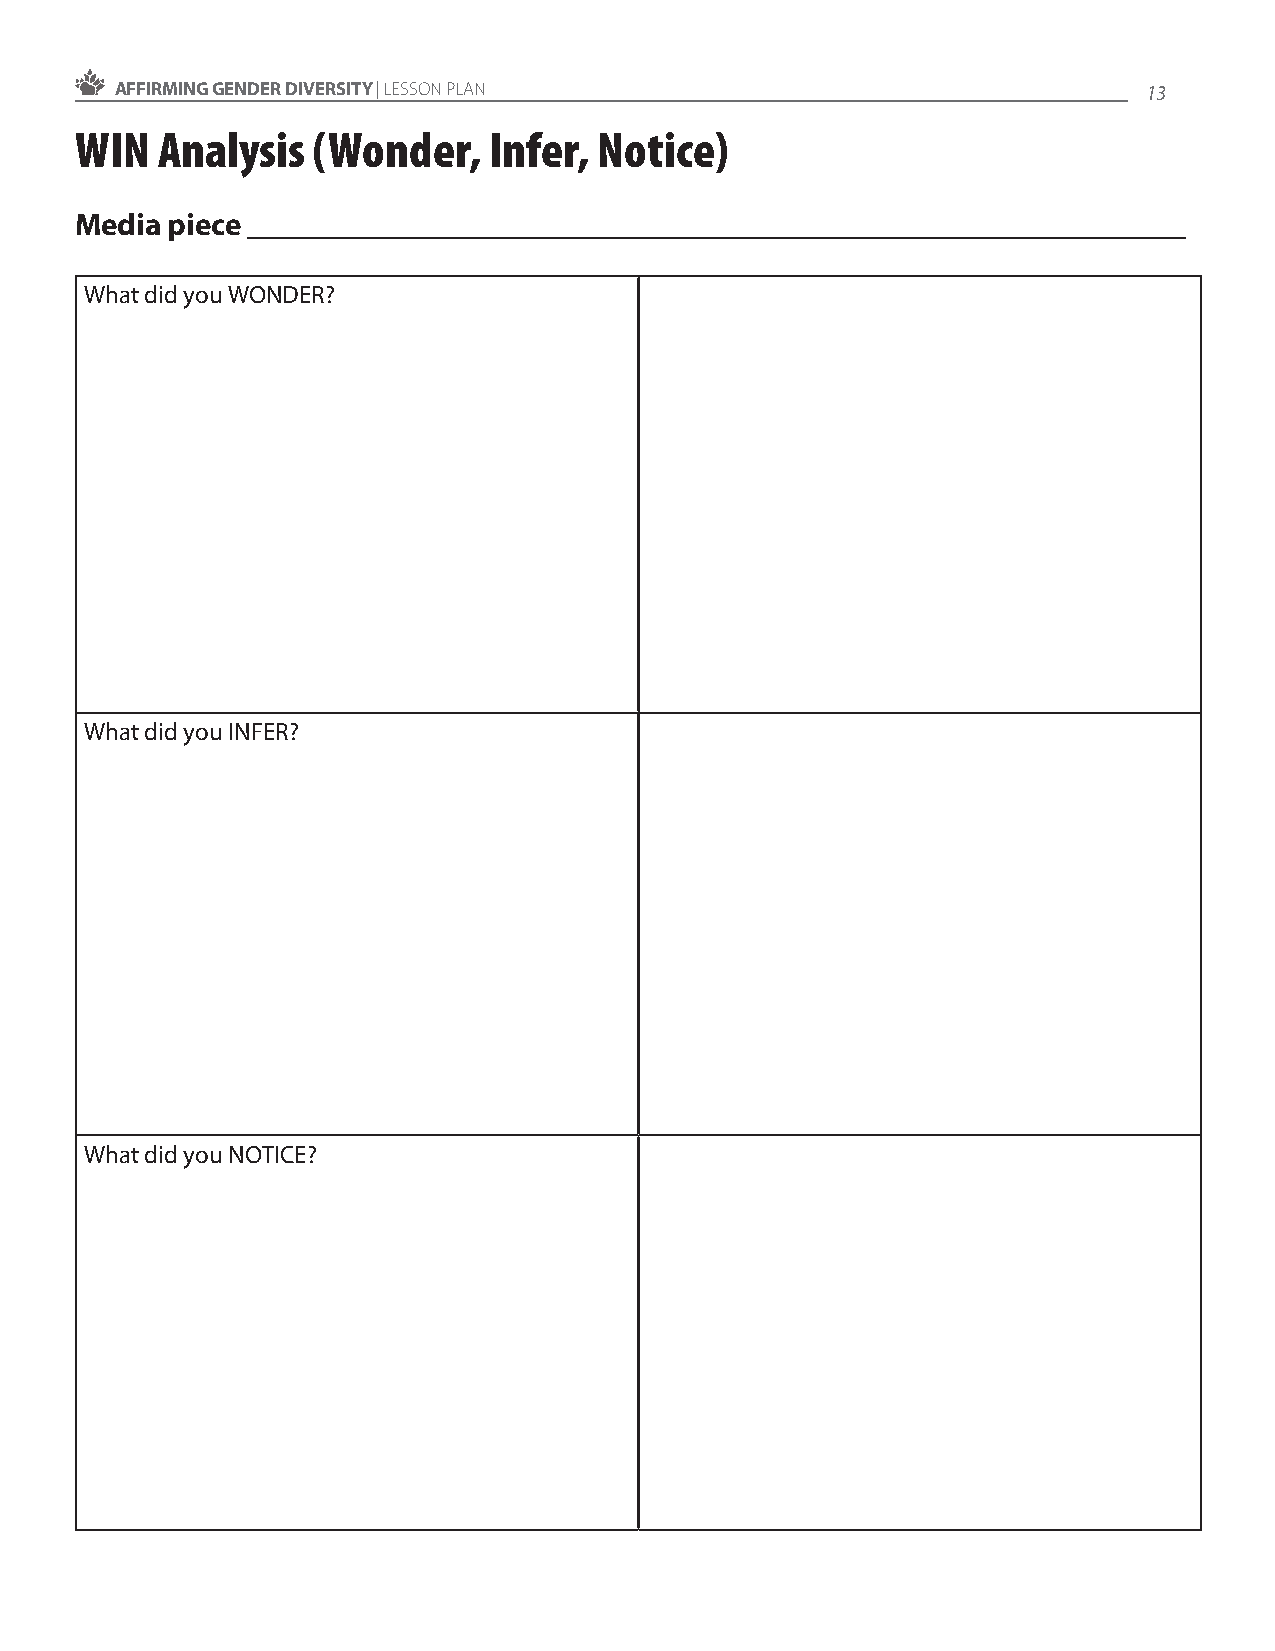
AFFIRMING GENDER DIVERSITY | LESSON PLAN                            13
 WIN  Analysis   (Wonder,   Infer,  Notice)
 Media piece ____________________________________________________________
 What did you WONDER?
 What did you INFER?
 What did you NOTICE?